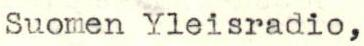
Suomen Yleisradio,